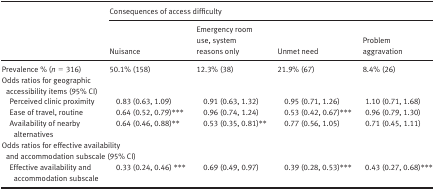
<table><thead><tr><td rowspan="2"></td><td colspan="4"><b>Consequences of access difficulty</b></td></tr><tr><td><b>Nuisance</b></td><td><b>Emergency room use, system reasons only</b></td><td><b>Unmet need</b></td><td><b>Problem aggravation</b></td></tr></thead><tbody><tr><td>Prevalence % (<i>n</i> = 316)</td><td>50.1% (158)</td><td>12.3% (38)</td><td>21.9% (67)</td><td>8.4% (26)</td></tr><tr><td colspan="5">Odds ratios for geographic accessibility items (95% CI)</td></tr><tr><td>Perceived clinic proximity</td><td>0.83 (0.63, 1.09)</td><td>0.91 (0.63, 1.32)</td><td>0.95 (0.71, 1.26)</td><td>1.10 (0.71, 1.68)</td></tr><tr><td>Ease of travel, routine</td><td>0.64 (0.52, 0.79)***</td><td>0.96 (0.74, 1.24)</td><td>0.53 (0.42, 0.67)***</td><td>0.96 (0.79, 1.30)</td></tr><tr><td>Availability of nearby alternatives</td><td>0.64 (0.46, 0.88)**</td><td>0.53 (0.35, 0.81)**</td><td>0.77 (0.56, 1.05)</td><td>0.71 (0.45, 1.11)</td></tr><tr><td colspan="5">Odds ratios for effective availability and accommodation subscale (95% CI)</td></tr><tr><td>Effective availability and accommodation subscale</td><td>0.33 (0.24, 0.46) ***</td><td>0.69 (0.49, 0.97)</td><td>0.39 (0.28, 0.53)***</td><td>0.43 (0.27, 0.68)***</td></tr></tbody></table>